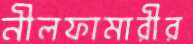
নীলফামারীর